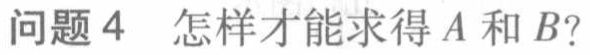
问题4 怎样才能求得\(A\)和\(B\)?